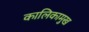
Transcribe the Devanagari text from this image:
कालिकामुख